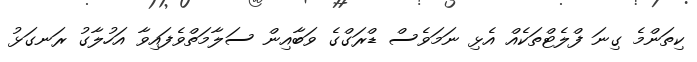
ކިތަންމެ ގިނަ ފްލެޓްތަކެއް އެޅި ނަމަވެސް ޑްރަގްގެ ވަބާއިން ސަލާމަތްވެފައިވާ އަހުލާގު ރަނގަޅު